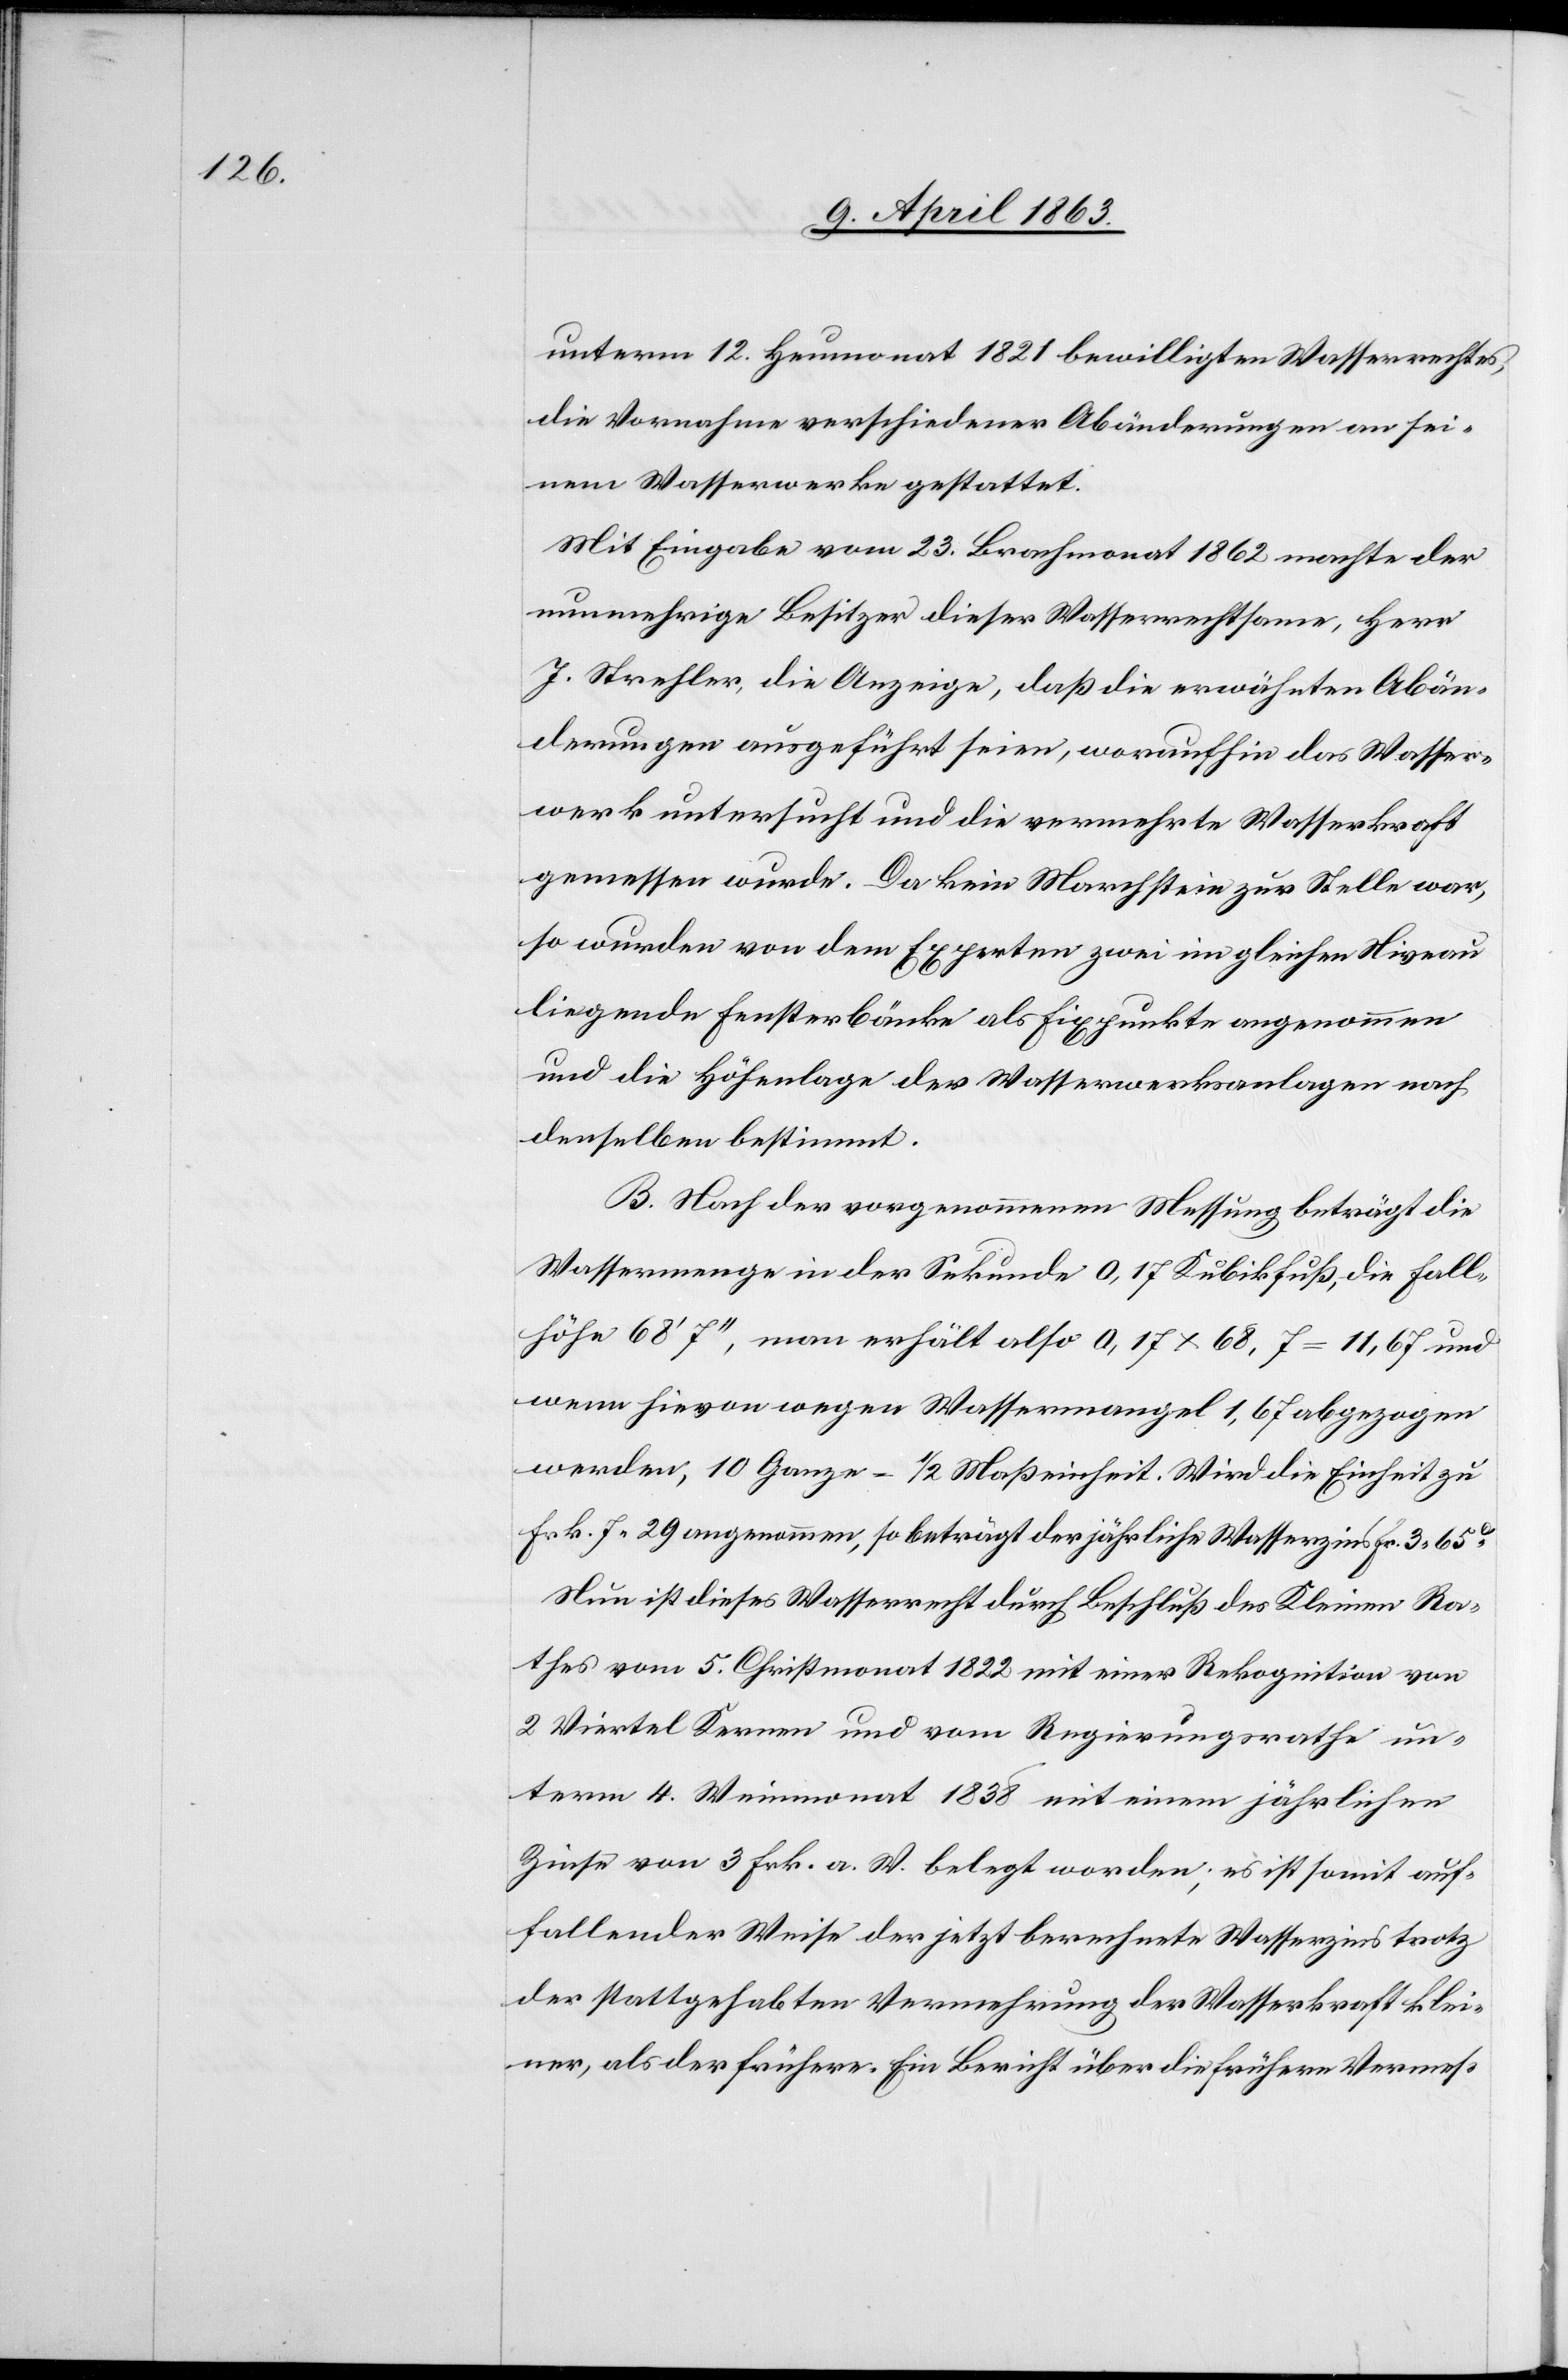
unterm 12. Heumonat 1821 bewilligten Wasserrechtes,
die Vornahme verschiedener Abänderungen an sei¬
nem Wasserwerke gestattet.
Mit Eingabe vom 23. Brachmonat 1862 machte der
nunmehrige Besitzer dieser Wasserrechtsame, Herr
J. Strehler, die Anzeige, daß die erwähnten Abän¬
derungen ausgeführt seien, woraufhin das Wasser¬
werk untersucht und die vermehrte Wasserkraft
gemessen wurde. Da kein Marchstein zur Stelle war,
so wurden von dem Experten zwei im gleichen Niveau
liegende Fensterbänkli als Fixpunkte angenommen
und die Höhenlage der Wasserwerksanalgen nach
denselben bestimmt.
B. Nach der vorgenommenen Messung beträgt die
Wassermenge in der Sekunde 0.17 Kubikfuß, die Fall¬
höhe 68' 7'', man erhält also 0.17 x 68,7 = 11,67 und
wenn hievon wegen Wassermangel 1,67 abgezogen
werden, 10 Ganze = 1/2 Maßeinheit. Wird die Einheit zu
Frk. 7. 29 angenommen, so beträgt der jährliche Wasserzins Fr. 3. 65c[.]
Nun ist dieses Wasserrecht durch Beschluß des Kleinen Ra¬
thes vom 5. Christmonat 1822 mit einer Rekognition von
2 Viertel Kernen und vom Regierungsrathe un¬
term 4. Weinmonat 1838 mit einem jährlichen
Zinse von 3 Frk. a. W. belegt worden; es ist somit auf¬
fallender Weise der jetzt berechnete Wasserzins trotz
der stattgehabten Vermehrung der Wasserkraft klei¬
ner, als der frühere. Ein Bericht über die frühere Vermes-